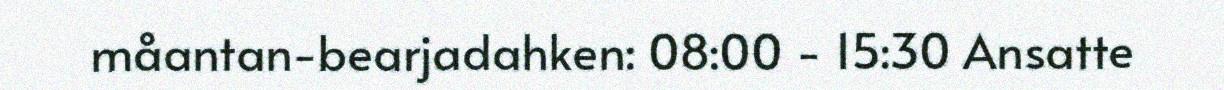
måantan-bearjadahken: 08:00 - 15:30 Ansatte